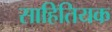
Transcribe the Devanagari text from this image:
साहितियक